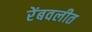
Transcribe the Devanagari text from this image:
रेंबवलीत